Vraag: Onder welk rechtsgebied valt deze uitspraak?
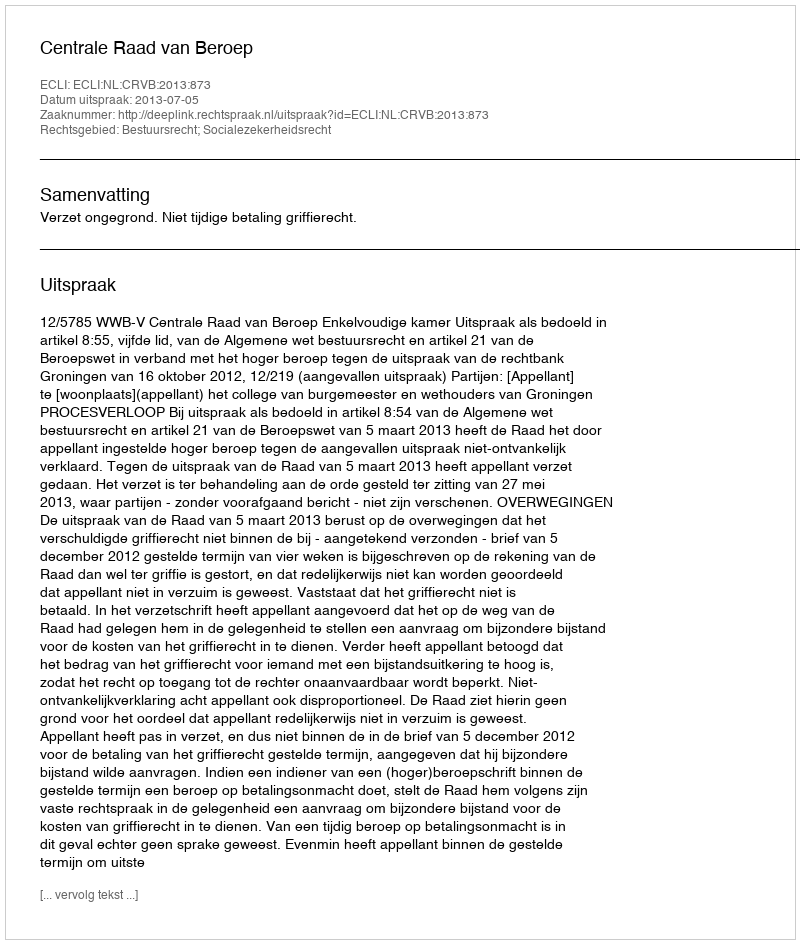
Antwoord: Bestuursrecht; Socialezekerheidsrecht